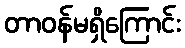
တာဝန်မရှိကြောင်း